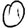
Digit: 0